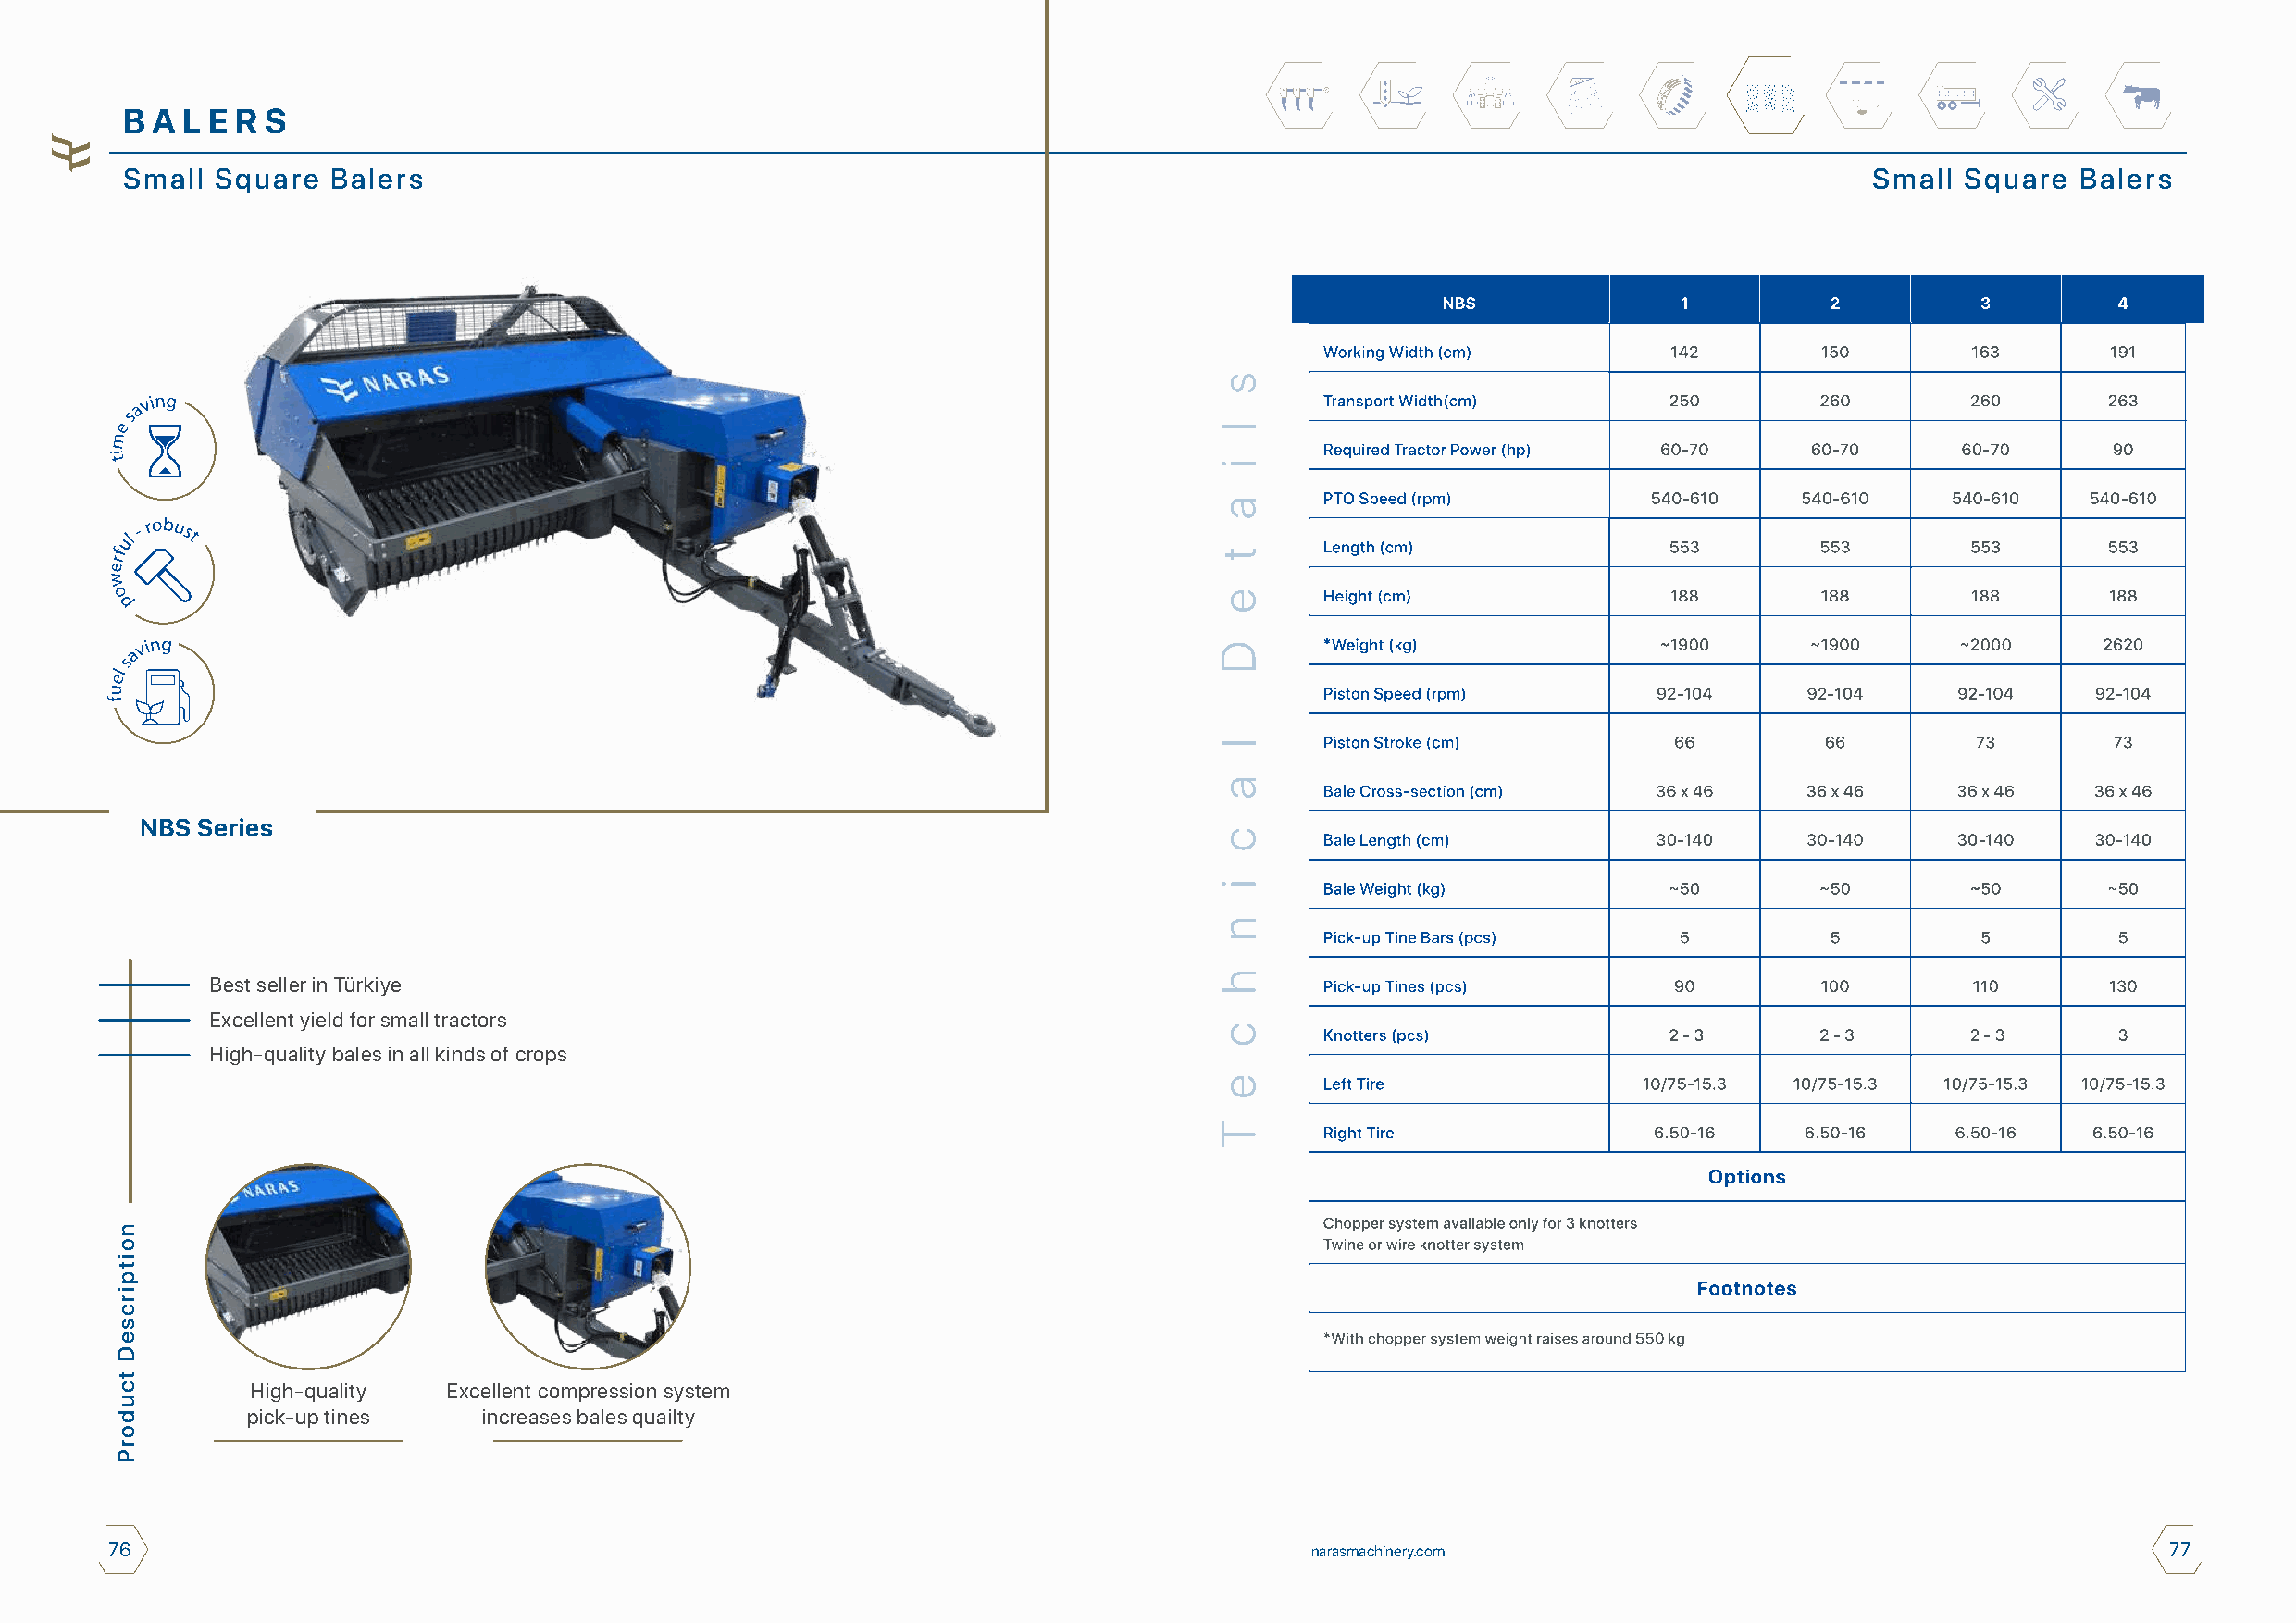
B A L E R S
 Small Square   Balers                                                                                                        Small Square   Balers
 NBS Series
 Best seller in Türkiye
 Excellent yield for small tractors
 High-quality bales in all kinds of crops
 High-quality  Excellent compression system
 pick-up tines   increases bales quailty
 76                                                                                    narasmachinery.com                                           77
 noitpircseD
 tcudorP
 s
 l
 i
 a
 t
 e
 D
 l
 a
 c
 i
 n
 h
 c
 e
 T